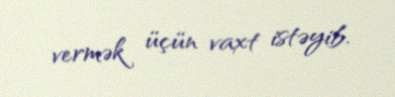
vermək üçün vaxt istəyib.